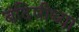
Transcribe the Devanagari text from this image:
बंदिषीच्या